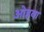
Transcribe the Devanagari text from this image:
ओहवा